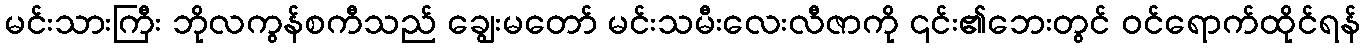
မင်းသားကြီး ဘိုလကွန်စကီသည် ချွေးမတော် မင်းသမီးလေးလီဇာကို ၎င်း၏ဘေးတွင် ဝင်ရောက်ထိုင်ရန်